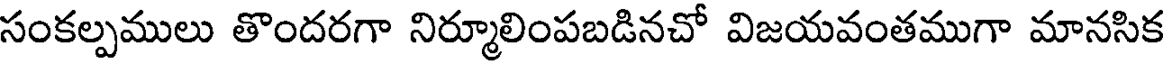
సంకల్పములు తొందరగా నిర్మూలింపబడినచో విజయవంతముగా మానసిక